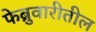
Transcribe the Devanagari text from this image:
फेब्रुवारीतील